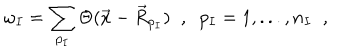
\omega _ { I } = \sum _ { p _ { I } } \Theta ( \vec { x } - \vec { R } _ { p _ { I } } ) \; \; , \; \; p _ { I } = 1 , . . . , n _ { I } \; \; ,